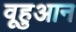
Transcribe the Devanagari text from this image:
वूहुआन